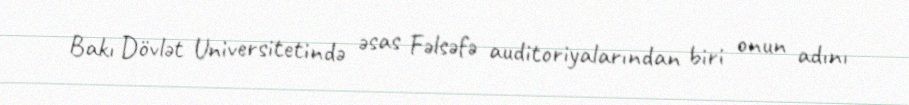
Bakı Dövlət Universitetində əsas Fəlsəfə auditoriyalarından biri onun adını